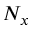
N _ { x }